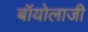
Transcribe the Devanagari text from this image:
बॉयोलाजी